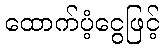
ထောက်ပံ့ငွေဖြင့်